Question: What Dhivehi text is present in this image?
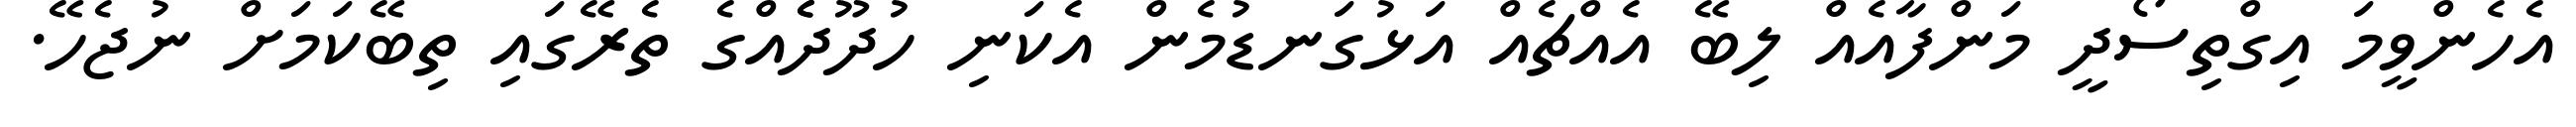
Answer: އެހެންވީމަ އިގްތިސޯދީ މަންފާއެއް ލިބޭ އެއްޗެއް އަޅުގަނޑުމެން އެކަނި ހުދޫދެެއްގެ ތެރޭގައި ތިބޭކަމަށް ނުޖެހޭ.